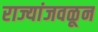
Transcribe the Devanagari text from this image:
राज्यांजवळून